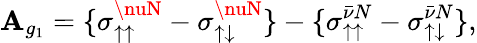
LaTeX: \mathbf{A}_{g_{1}}={\{ \sigma_{\uparrow\uparrow}^{\nuN}-\sigma_{\uparrow\downarrow}^{\nuN}\} -\{ \sigma_{\uparrow\uparrow}^{\bar{{\nu}}N}-\sigma_{\uparrow\downarrow}^{\bar{{\nu}}N}\} },